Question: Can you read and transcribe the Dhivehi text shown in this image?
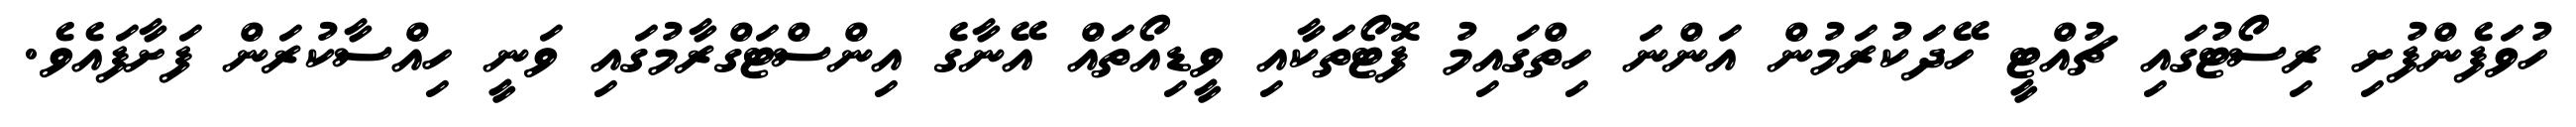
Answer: ހުވަފެންފުށި ރިސޯޓުގައި ޗުއްޓީ ހޭދަކުރަމުން އަންނަ ހިތްގައިމު ފޮޓޯތަކާއި ވީޑިއޯތައް އޭނާގެ އިންސްޓަގްރާމުގައި ވަނީ ހިއްސާކުރަން ފަށާފައެވެ.